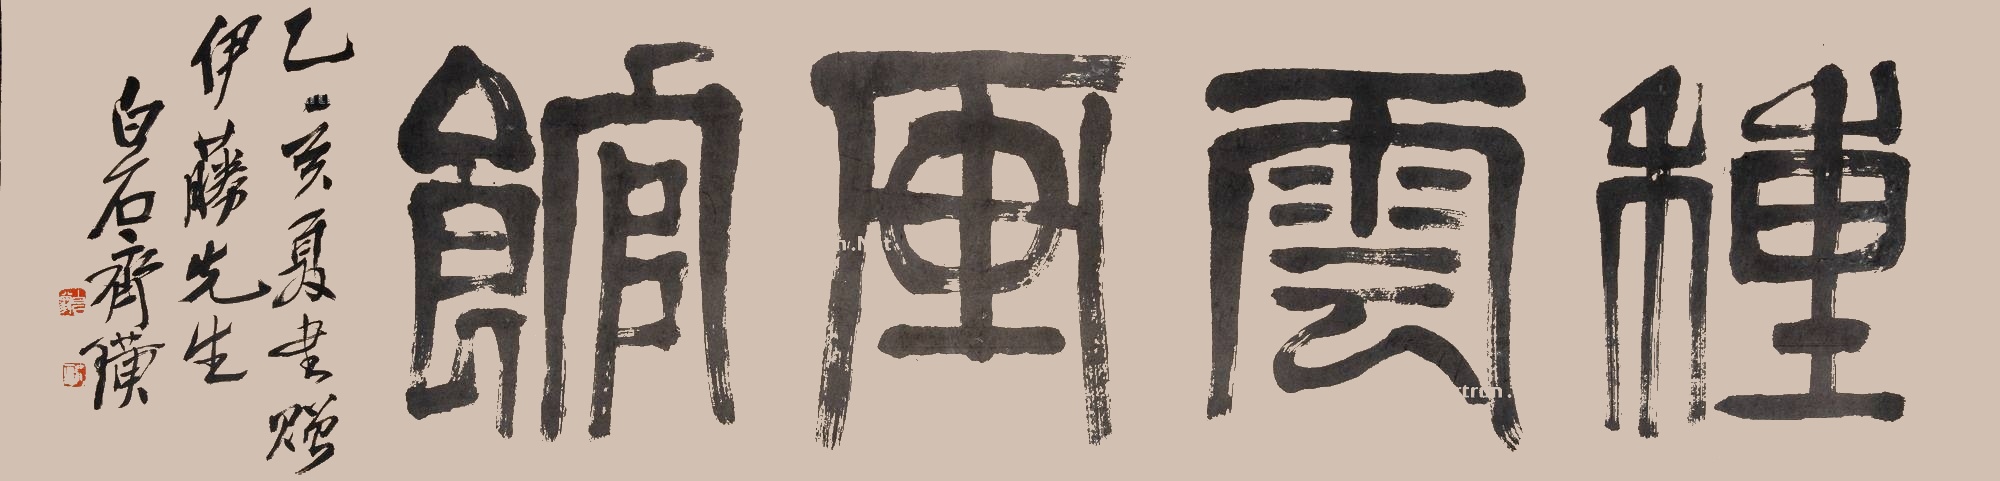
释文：种云画馆乙亥夏书赠伊藤先生白石齐璜。